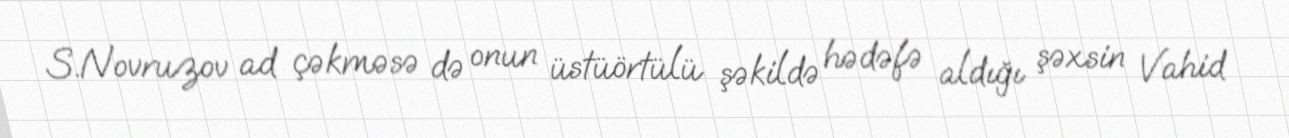
S.Novruzov ad çəkməsə də onun üstüörtülü şəkildə hədəfə aldığı şəxsin Vahid